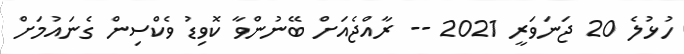
ހުޅުލެ 20 ޖަނަވަރީ 2021 -- ރާއްޖެއަށް ބޭނުންވާ ކޮވިޑު ވެކްސިން ގެނައުމަށް